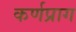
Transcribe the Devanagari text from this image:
कर्णप्राग